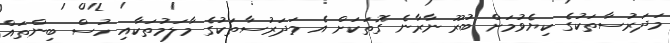
މަދަރުސާތަކުގެ ކިޔެވުމަށް ބުރޫ ނާރާނެ ގޮތަކަށް އެ މަދަރުސާތަކުގެ މާލަމުތަކާއި ހުސް ބިންތައް